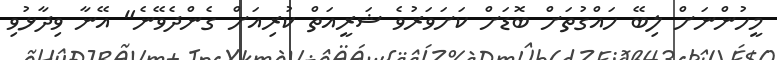
މީހުންނަށް ލިބޭ ހައްގުތަށް ބޮޑަށް ކަށަވަރުވެ ޝަރީއަތް ކުރިއަށް ގެންދެވޭނެ" އޭނާ ވިދާޅުވި